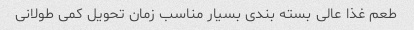
طعم غذا عالی بسته بندی بسیار مناسب زمان تحویل کمی طولانی